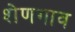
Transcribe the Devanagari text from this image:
शेणगाव